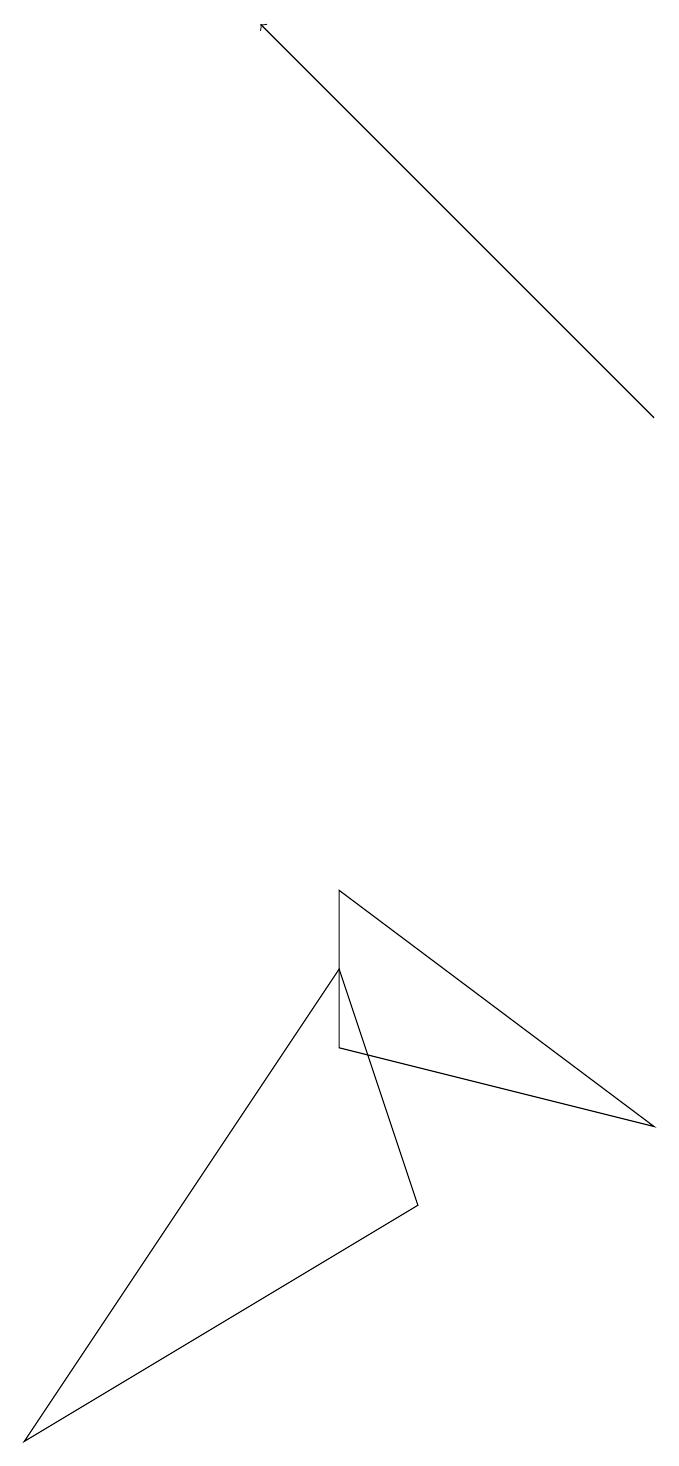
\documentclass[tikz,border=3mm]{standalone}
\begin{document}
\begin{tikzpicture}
\draw (5,7) -- (9,4) -- (5,5) -- cycle;
\draw (6,3) -- (5,6) -- (1,0) -- cycle;
\draw[->] (9,13) -- (4,18);
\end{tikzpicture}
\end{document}